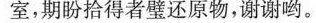
室，期盼拾得者璧还原物，谢谢哟。